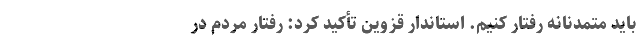
باید متمدنانه رفتار کنیم. استاندار قزوین تأکید کرد: رفتار مردم در